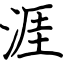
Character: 涯